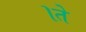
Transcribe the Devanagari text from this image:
।ते